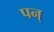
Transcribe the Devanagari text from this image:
पन्